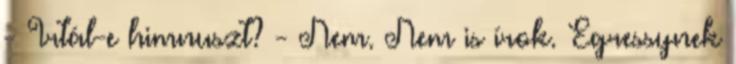
- Irtál-e himnuszt? - Nem. Nem is írok. Egressynek